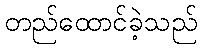
တည်ထောင်ခဲ့သည်